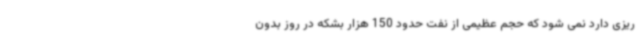
ریزی دارد نمی شود که حجم عظیمی از نفت حدود 150 هزار بشکه در روز بدون